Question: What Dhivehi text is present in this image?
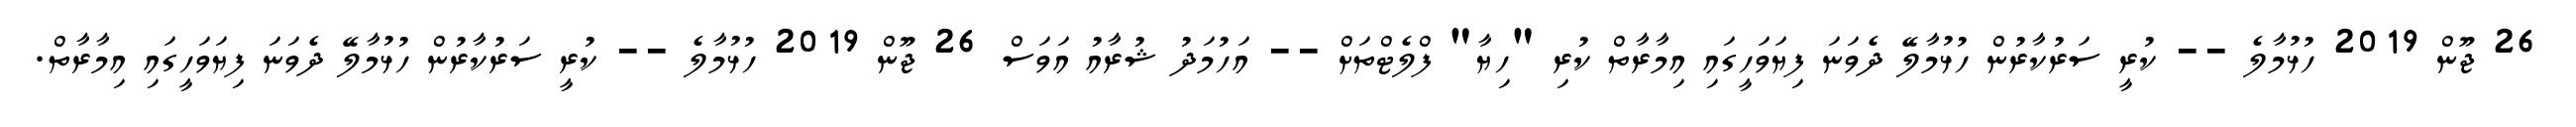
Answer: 26 ޖޫން 2019 ހުޅުމާލެ -- ކުރީ ސަރުކާރުން ހުޅުމާލޭ ދެވަނަ ފިޔަވަހީގައި އިމާރާތް ކުރި "ހިޔާ" ފްލެޓްތަށް -- އަހުމަދު ޝުރާއު އަވަސް 26 ޖޫން 2019 ހުޅުމާލެ -- ކުރީ ސަރުކާރުން ހުޅުމާލޭ ދެވަނަ ފިޔަވަހީގައި އިމާރާތް.